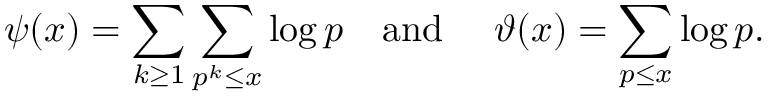
\psi ( x ) = \sum _ { k \geq 1 } \sum _ { p ^ { k } \leq x } \log p \quad { \mathrm { a n d ~ } } \quad \vartheta ( x ) = \sum _ { p \leq x } \log p .